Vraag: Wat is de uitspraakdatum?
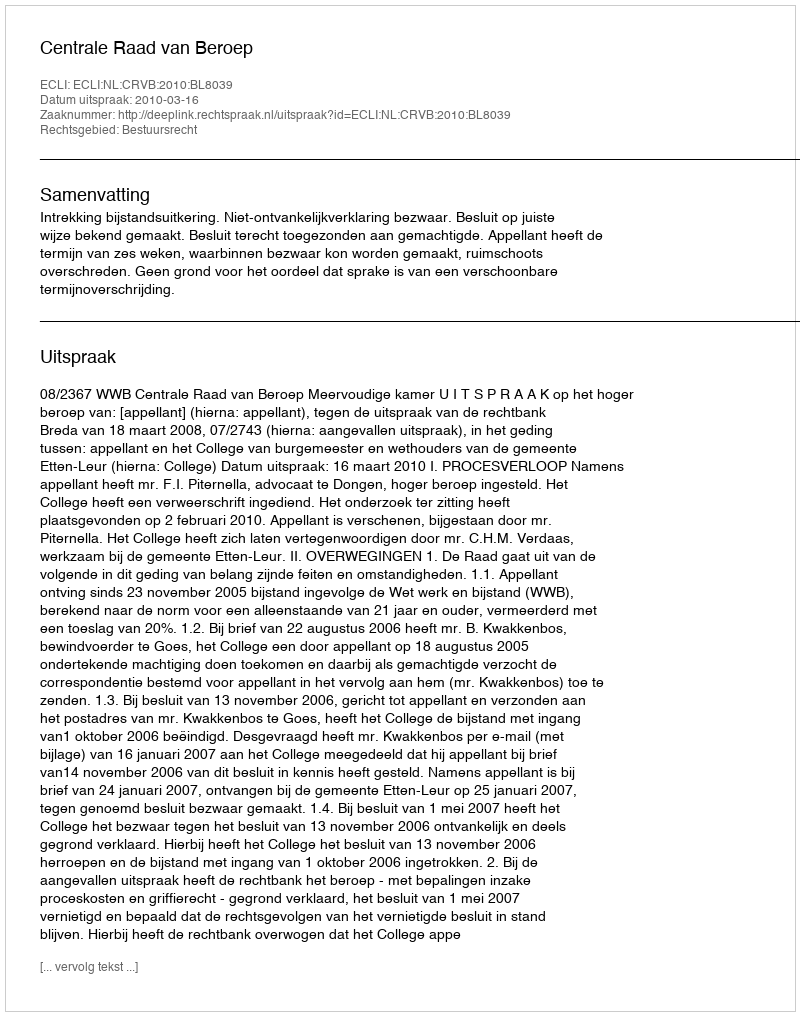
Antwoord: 2010-03-16